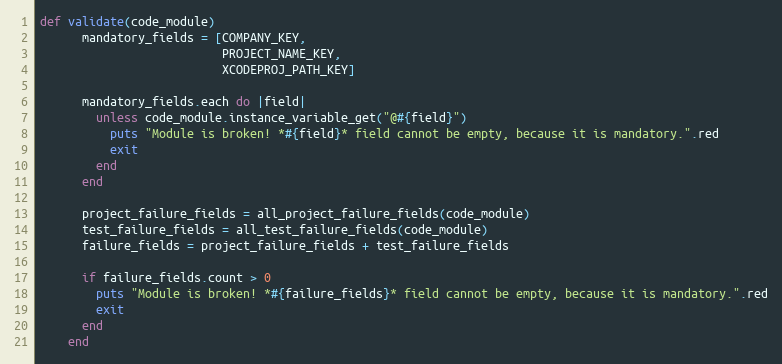
Language: Ruby
def validate(code_module)
      mandatory_fields = [COMPANY_KEY,
                          PROJECT_NAME_KEY,
                          XCODEPROJ_PATH_KEY]

      mandatory_fields.each do |field|
        unless code_module.instance_variable_get("@#{field}")
          puts "Module is broken! *#{field}* field cannot be empty, because it is mandatory.".red
          exit
        end
      end

      project_failure_fields = all_project_failure_fields(code_module)
      test_failure_fields = all_test_failure_fields(code_module)
      failure_fields = project_failure_fields + test_failure_fields

      if failure_fields.count > 0
        puts "Module is broken! *#{failure_fields}* field cannot be empty, because it is mandatory.".red
        exit
      end
    end